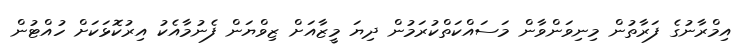
އިމްރާނުގެ ފަރާތުން މިނިވަންވާން މަސައްކަތްކުރަމުން ދިޔަ މީޒާއަށް ޒިވްޔަން ފެނުމާއެކު އިރުކޮޅަކަށް ހުއްޓުން